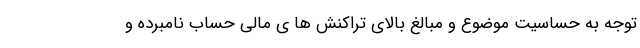
توجه به حساسیت موضوع و مبالغ بالای تراکنش ها ی مالی حساب نامبرده و